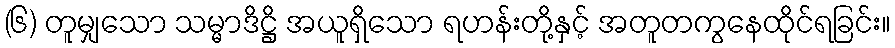
(၆) တူမျှသော သမ္မာဒိဋ္ဌိ အယူရှိသော ရဟန်းတို့နှင့် အတူတကွနေထိုင်ရခြင်း။